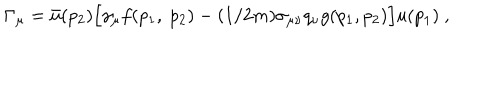
\Gamma _ { \mu } = \bar { u } ( p _ { 2 } ) \Big [ \gamma _ { \mu } f ( p _ { 1 } , ~ p _ { 2 } ) - ( 1 / 2 m ) \sigma _ { \mu \nu } q _ { \nu } g ( p _ { 1 } , p _ { 2 } ) \Big ] u ( p _ { 1 } ) ~ ,